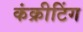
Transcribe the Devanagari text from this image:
कंक्रीटिंग